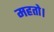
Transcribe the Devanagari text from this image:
महतो।